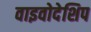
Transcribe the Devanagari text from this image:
वाइवोदेशिप